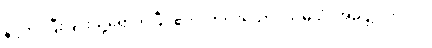
နိဋ္ဌိတံ၊ ပြီးခြင်းသို့ရောက်ပြီ။ ဧကံ၊ တပါးသော။ သမယံ၊ အခါ၌။ ဘဂဝါ၊